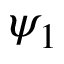
\psi _ { 1 }